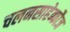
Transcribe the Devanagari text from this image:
चलनसाहेब्फौज